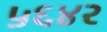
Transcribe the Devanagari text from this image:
५६४२